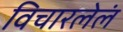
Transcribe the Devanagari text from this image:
विचारलेलं